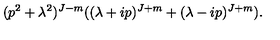
( p ^ { 2 } + \lambda ^ { 2 } ) ^ { J - m } ( ( \lambda + i p ) ^ { J + m } + ( \lambda - i p ) ^ { J + m } ) .